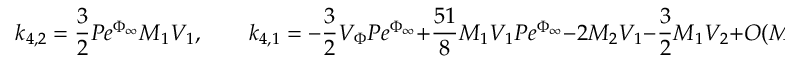
k _ { 4 , 2 } = \frac { 3 } { 2 } P e ^ { \Phi _ { \infty } } M _ { 1 } V _ { 1 } , \qquad k _ { 4 , 1 } = - \frac { 3 } { 2 } V _ { \Phi } P e ^ { \Phi _ { \infty } } + \frac { 5 1 } { 8 } M _ { 1 } V _ { 1 } P e ^ { \Phi _ { \infty } } - 2 M _ { 2 } V _ { 1 } - \frac { 3 } { 2 } M _ { 1 } V _ { 2 } + O ( M _ { i } ^ { 4 } ) , \, [ 2 m m ]